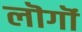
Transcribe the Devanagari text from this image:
लॊगॊं